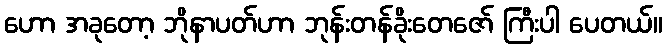
ဟော အခုတော့ ဘိုနာပတ်ဟာ ဘုန်းတန်ခိုးတေဇော် ကြီးပါ ပေတယ်။